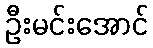
ဦးမင်းအောင်